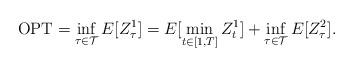
LaTeX: \begin{align*}\textrm{OPT} = \inf_{\tau \in {\mathcal T}} E[Z^1_{\tau}] = E[\min_{t \in [1,T]} Z^1_t] + \inf_{\tau \in {\mathcal T}} E[Z^2_{\tau}].\end{align*}